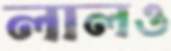
লালও